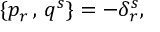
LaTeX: \{ p _ { r } \, , \, q ^ { s } \} = - \delta _ { r } ^ { s } ,